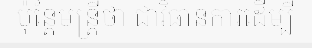
ប៉ុន្តែមន្ត្រីថា ជាវិធានការដើម្បី